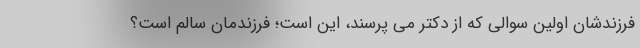
فرزندشان اولین سوالی که از دکتر می پرسند، این است؛ فرزندمان سالم است؟